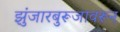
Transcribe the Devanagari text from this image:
झुंजारबुरूजावरून